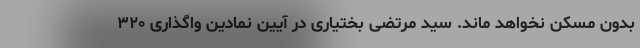
بدون مسکن نخواهد ماند. سید مرتضی بختیاری در آیین نمادین واگذاری ۳۲۰